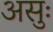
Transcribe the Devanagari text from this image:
असुः